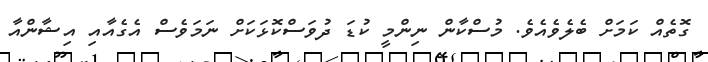
ގޮތެއް ކަމަށް ބެލެވެއެވެ. މުސްކާން ނިންމީ ކުޑަ ދުވަސްކޮޅަކަށް ނަމަވެސް އެގެއާއި އިޝާންއާ